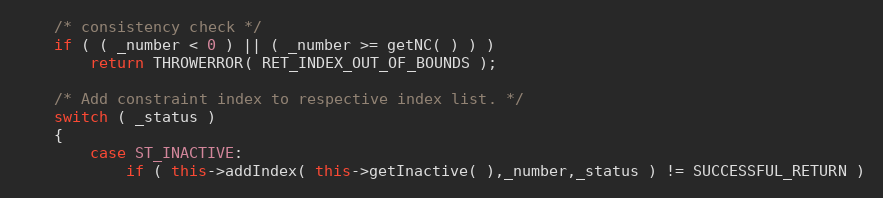
Language: C++
	/* consistency check */
	if ( ( _number < 0 ) || ( _number >= getNC( ) ) )
		return THROWERROR( RET_INDEX_OUT_OF_BOUNDS );

	/* Add constraint index to respective index list. */
	switch ( _status )
	{
		case ST_INACTIVE:
			if ( this->addIndex( this->getInactive( ),_number,_status ) != SUCCESSFUL_RETURN )